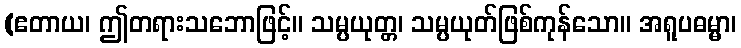
(ဧတာယ၊ ဤတရားသဘောဖြင့်။ သမ္ပယုတ္တ၊ သမ္ပယုတ်ဖြစ်ကုန်သော။ အရူပဓမ္မာ၊